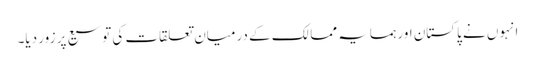
انہوں نے پاکستان اور ہمسایہ ممالک کے درمیان تعلقات کی توسیع پر زور دیا۔